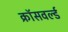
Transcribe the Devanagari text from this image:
क्रॉसवर्ल्ड